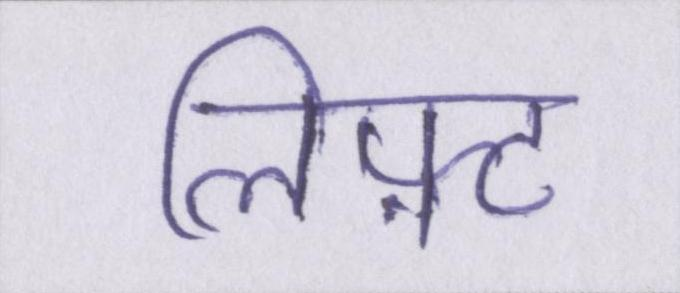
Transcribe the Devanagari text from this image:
लिफ़्ट